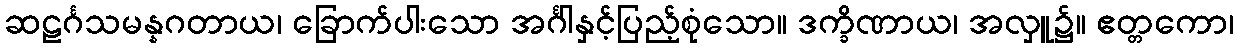
ဆဠင်္ဂသမန္နဂတာယ၊ ခြောက်ပါးသော အင်္ဂါနှင့်ပြည့်စုံသော။ ဒက္ခိဏာယ၊ အလှူ၌။ ဧတ္တကော၊